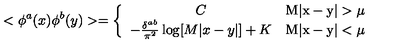
< \phi ^ { a } ( x ) \phi ^ { b } ( y ) > = \left\{ \begin{array} { c c } { C } & { \mathrm { M | x - y | > \mu } } \\ { - \frac { \delta ^ { a b } } { \pi ^ { 2 } } \log [ M | x - y | ] + K } & { \mathrm { M | x - y | < \mu } } \\ \end{array} \right.